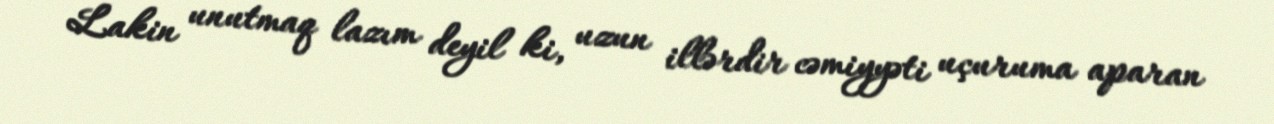
Lakin unutmaq lazım deyil ki, uzun illərdir cəmiyyəti uçuruma aparan